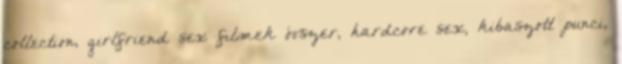
collection, girlfriend sex filmek óvszer, hardcore sex, kibaszott punci,